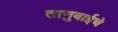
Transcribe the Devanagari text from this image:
तानुबाईचे